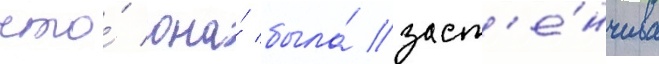
что́ она́ была́ заст'е́нчива